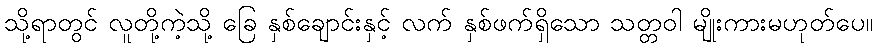
သို့ရာတွင် လူတို့ကဲ့သို့ ခြေ နှစ်ချောင်းနှင့် လက် နှစ်ဖက်ရှိသော သတ္တဝါ မျိုးကားမဟုတ်ပေ။